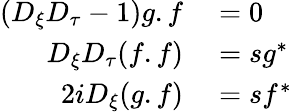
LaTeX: \begin{array}{rl}{(D_{\xi}D_{\tau}-1)g.f}&{{}=0}\\ {D_{\xi}D_{\tau}(f.f)}&{{}=sg^{*}}\\ {2iD_{\xi}(g.f)}&{{}=sf^{*}}\end{array}